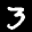
Label: 3